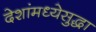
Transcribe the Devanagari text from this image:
देशांमध्येसुद्धा